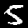
Label: 5